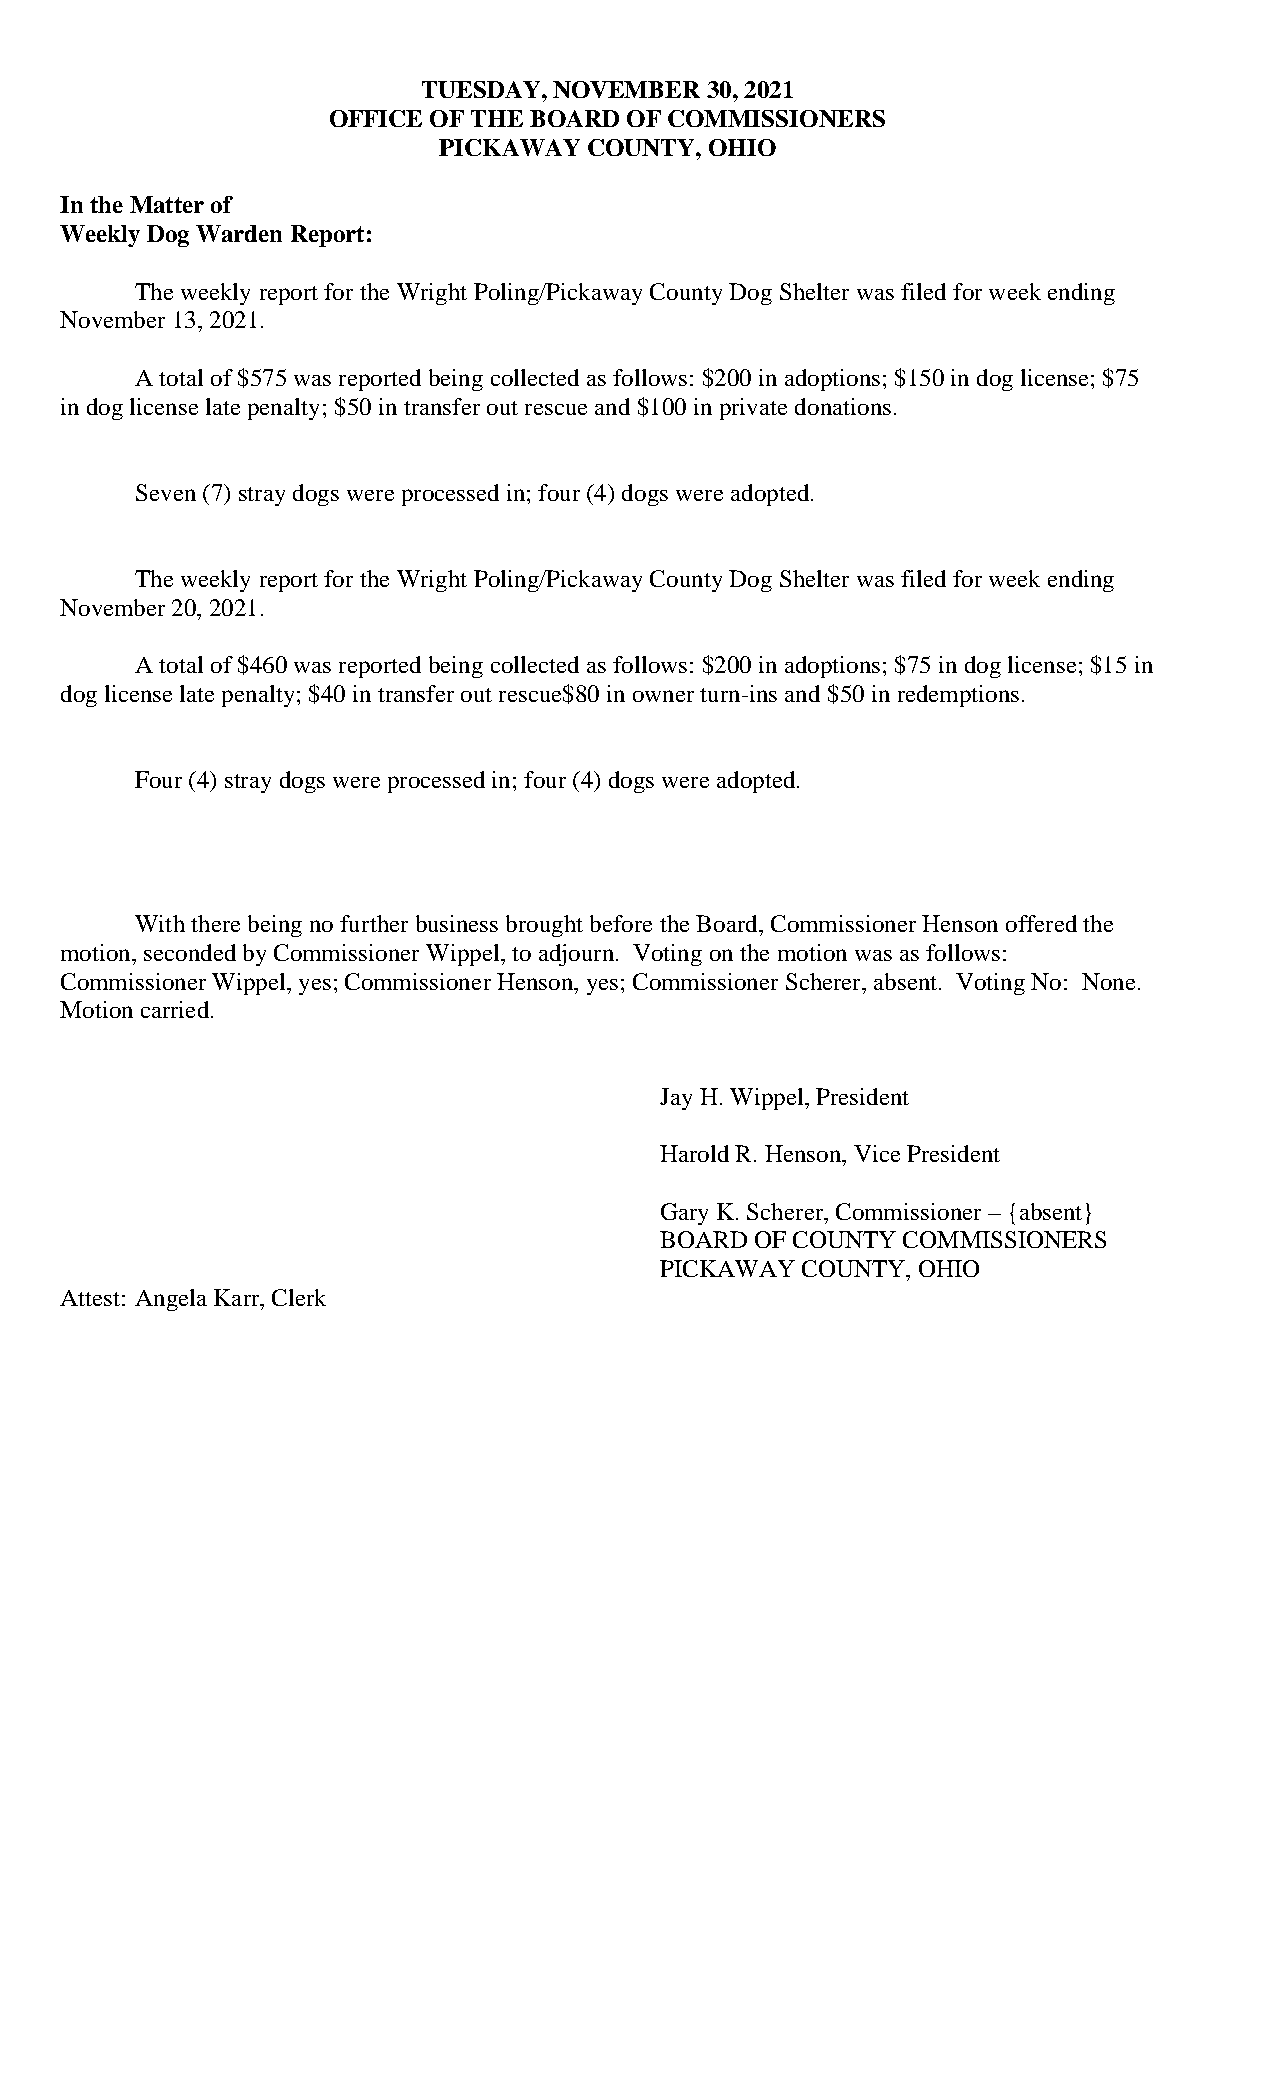
TUESDAY, NOVEMBER  30, 2021
 OFFICE OF THE BOARD OF COMMISSIONERS
 PICKAWAY  COUNTY, OHIO
 In the Matter of
 Weekly Dog Warden Report:
 The weekly report for the Wright Poling/Pickaway County Dog Shelter was filed for week ending
 November 13, 2021.
 A total of $575 was reported being collected as follows: $200 in adoptions; $150 in dog license; $75
 in dog license late penalty; $50 in transfer out rescue and $100 in private donations.
 Seven (7) stray dogs were processed in; four (4) dogs were adopted.
 The weekly report for the Wright Poling/Pickaway County Dog Shelter was filed for week ending
 November 20, 2021.
 A total of $460 was reported being collected as follows: $200 in adoptions; $75 in dog license; $15 in
 dog license late penalty; $40 in transfer out rescue$80 in owner turn-ins and $50 in redemptions.
 Four (4) stray dogs were processed in; four (4) dogs were adopted.
 With there being no further business brought before the Board, Commissioner Henson offered the
 motion, seconded by Commissioner Wippel, to adjourn. Voting on the motion was as follows:
 Commissioner Wippel, yes; Commissioner Henson, yes; Commissioner Scherer, absent. Voting No: None.
 Motion carried.
 Jay H. Wippel, President
 Harold R. Henson, Vice President
 Gary K. Scherer, Commissioner – {absent}
 BOARD OF COUNTY COMMISSIONERS
 PICKAWAY COUNTY, OHIO
 Attest: Angela Karr, Clerk